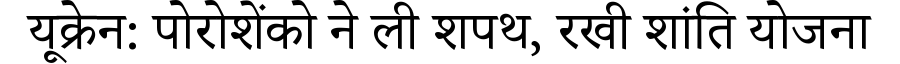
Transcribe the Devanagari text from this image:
यूक्रेन: पोरोशेंको ने ली शपथ, रखी शांति योजना